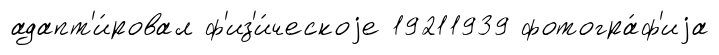
адапт'и́ровал ф'из'и́ческоjе 19211939 фотогра́ф'иjа